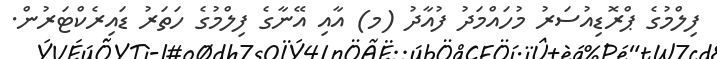
ފިލްމުގެ ޕްރޮޑިއުސަރު މުހައްމަދު ފުއާދު (މ) އާއި އޭނާގެ ފިލްމުގެ ހަތަރު ޑައިރެކްޓަރުން.